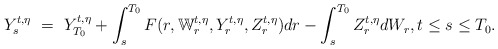
\begin{align*}Y_s^{t,\eta} \ = \ Y_{T_0}^{t,\eta} + \int_s^{T_0} F(r,\mathbb W_r^{t,\eta},Y_r^{t,\eta},Z_r^{t,\eta}) dr - \int_s^{T_0} Z_r^{t,\eta} dW_r, t \leq s \leq T_0.\end{align*}